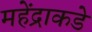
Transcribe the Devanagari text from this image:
महेंद्राकडे